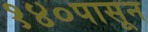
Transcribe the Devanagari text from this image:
१४०पासून